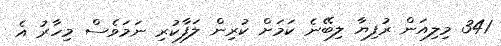
341 މިލިއަން ރުފިޔާ ލިބޭނެ ކަމަށް ކުރިން ލަފާކުރި ނަމަވެސް މިހާރު އެ